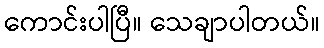
ကောင်းပါပြီ။ သေချာပါတယ်။